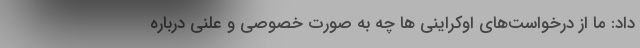
داد: ما از درخواست‌های اوکراینی ها چه به صورت خصوصی و علنی درباره